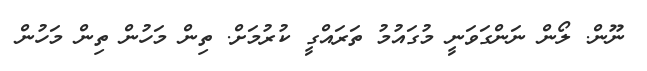
ނޫން. ލޯން ނަންގަވަނީ މުގައުމު ތަރައްގީ ކުރުމަށް. ތިން މަހުން ތިން މަހުން